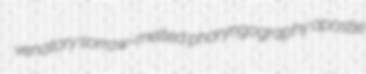
venatory sorrow-melted pharyngography apostle